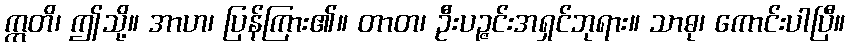
ဣတိ၊ ဤသို့။ အာဟ၊ ပြန်ကြား၏။ တာတ၊ ဦးပဉ္ဇင်းအရှင်ဘုရား။ သာဓု၊ ကောင်းပါပြီ။